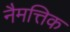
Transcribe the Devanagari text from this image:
नैमत्तिक